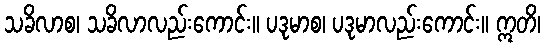
သခိလာစ၊ သခိလာလည်းကောင်း။ ပဒုမာစ၊ ပဒုမာလည်းကောင်း။ ဣတိ၊